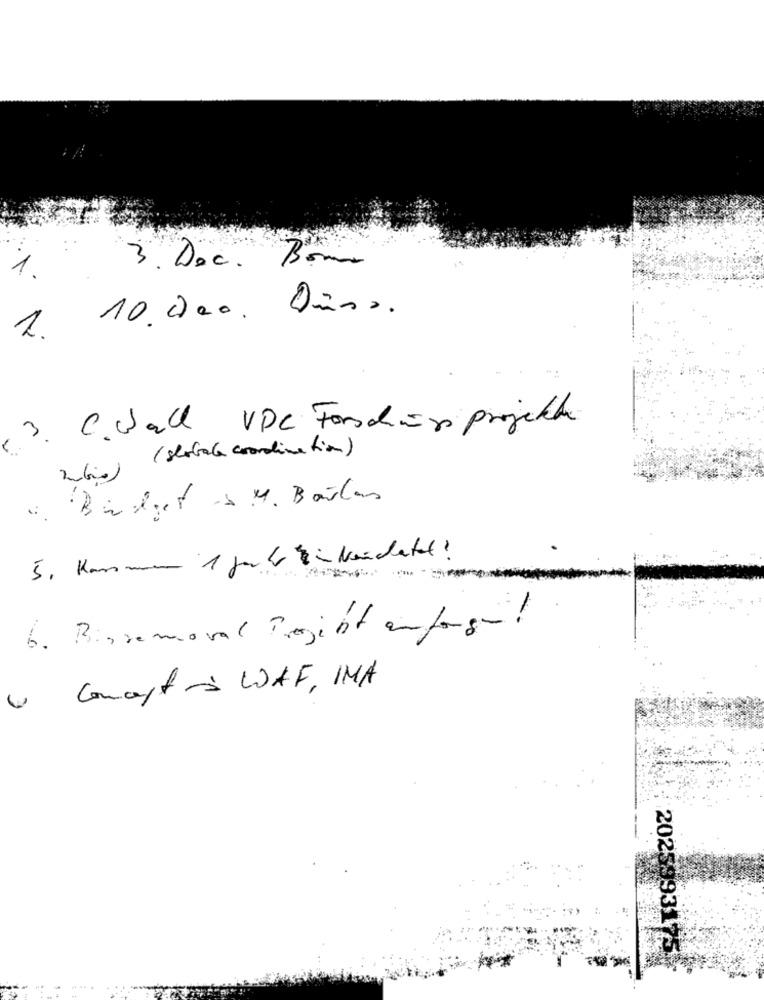
3. Doc. Bom
1.
10. Daa. Pisa.
1.
3. C. Hall VDC Fordin projekte
( statale coordination)
4. Budget S.M. Barlas
5. Kassmm 1 jurk Zikanchetel ?
6. Bisremoval Projekt anfang !
Concept 's WAF, IMA
2025993175